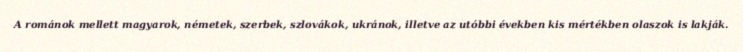
A románok mellett magyarok, németek, szerbek, szlovákok, ukránok, illetve az utóbbi években kis mértékben olaszok is lakják.